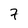
Character: 7